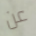
عن